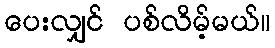
ပေးလျှင် ပစ်လိမ့်မယ်။